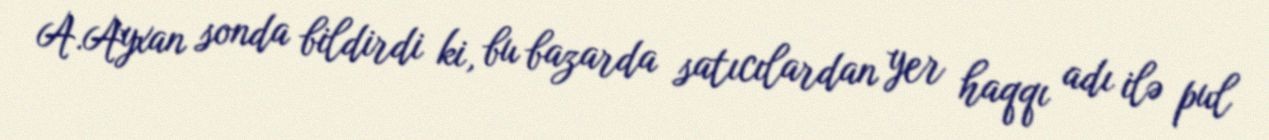
A.Ayxan sonda bildirdi ki, bu bazarda satıcılardan yer haqqı adı ilə pul